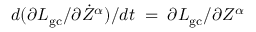
d ( \partial L _ { \mathrm { g c } } / \partial \dot { Z } ^ { \alpha } ) / d t \; = \; \partial L _ { \mathrm { g c } } / \partial Z ^ { \alpha }